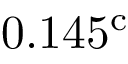
0 . 1 4 5 ^ { \mathrm { c } }